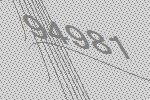
94981